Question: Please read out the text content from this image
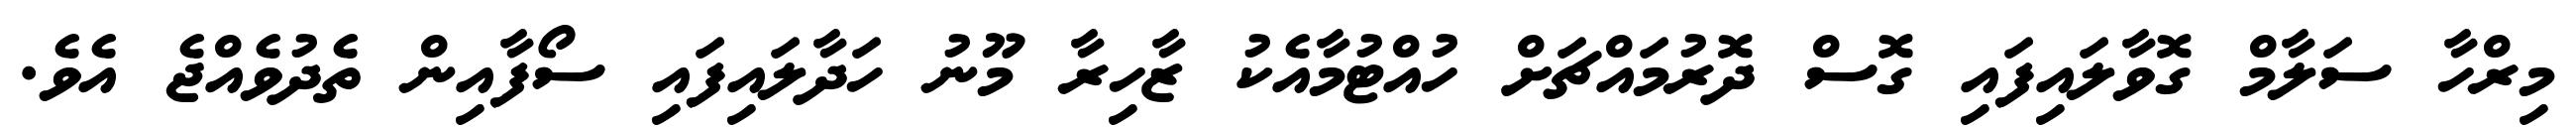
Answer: މިރްހާ ސަލާމް ގޮވާލައިފައި ގޮސް ދޮރުމައްޗަށް ހުއްޓުމާއެކު ޒާހިރާ މޫނު ހަދާލައިފައި ސޯފާއިން ތެދުވެއްޖެ އެވެ.